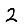
Digit: 2